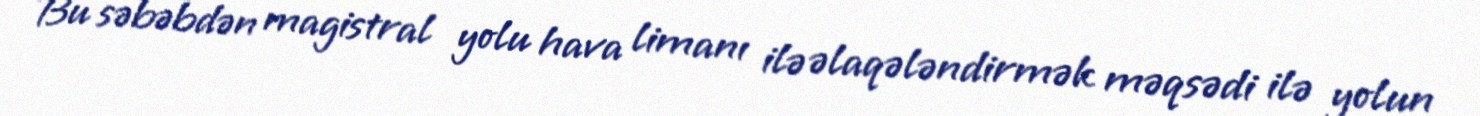
Bu səbəbdən magistral yolu hava limanı ilə əlaqələndirmək məqsədi ilə yolun